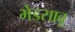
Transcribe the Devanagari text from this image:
भेडसावू